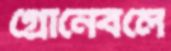
গ্রোনেবলে